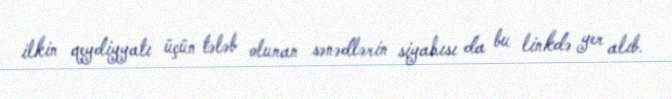
ilkin qeydiyyatı üçün tələb olunan sənədlərin siyahısı da bu linkdə yer alıb.